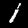
Label: 1